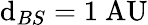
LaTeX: \mathrm{d}_{BS}=1{\mathrm{{~AU}}}